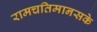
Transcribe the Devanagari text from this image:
रामचतिमानसके